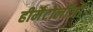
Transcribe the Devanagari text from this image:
हीमैटोलॉजी